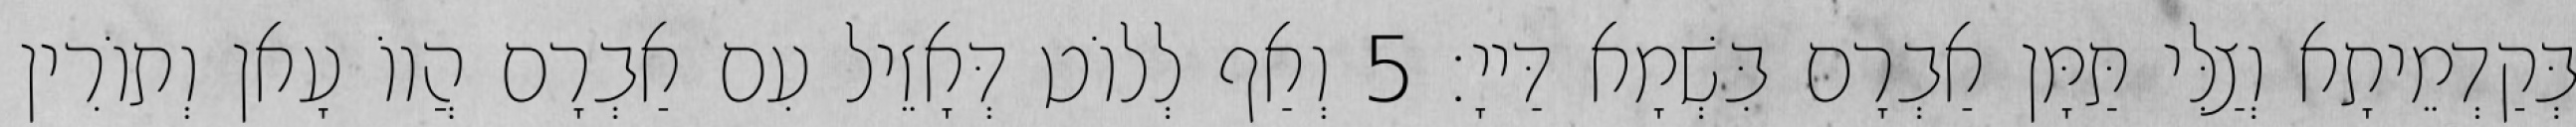
בְּקַדְמֵיתָא וְצַלִּי תַּמָּן אַבְרָם בִּשְׁמָא דַּייָ׃ 5 וְאַף לְלוֹט דְּאָזֵיל עִם אַבְרָם הֲווֹ עָאן וְתוֹרִין